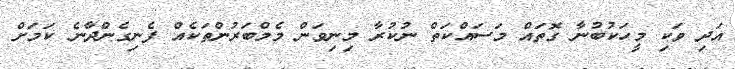
އަދި ވަކި މީހަކުބުނާ ގޮތައް މަސައްކަތް ނުކުރާ މިނިވަން މެމްބަރުންތަކެއް ފެނިގެންދާނެ ކަމަށް